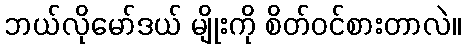
ဘယ်လိုမော်ဒယ် မျိုးကို စိတ်ဝင်စားတာလဲ။